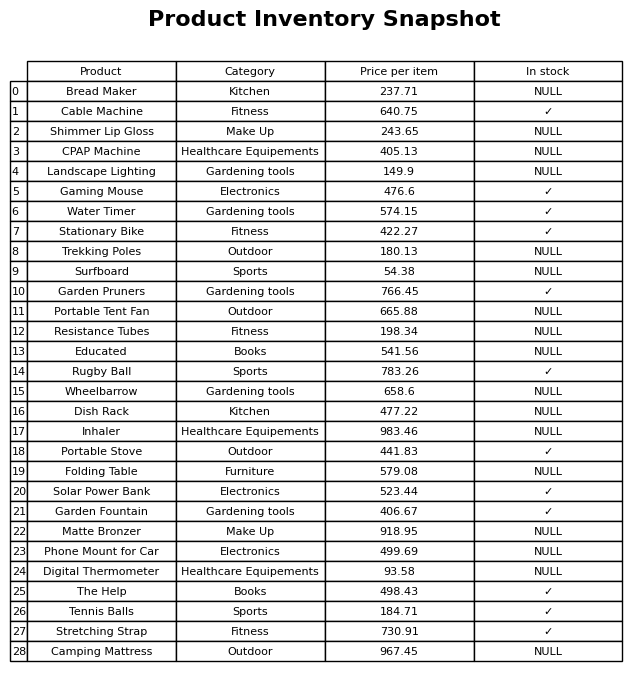
question: Is the Digital Thermometer in stock?
answer: NULL